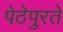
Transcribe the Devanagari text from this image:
पेठेपुरते